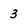
Character: 3